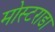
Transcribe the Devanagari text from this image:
मोस्टराडा